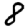
Digit: 8